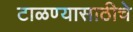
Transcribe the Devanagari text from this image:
टाळण्यासाठीचे